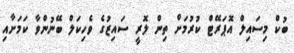
ބުކް މިސައިލް އޮޕަރޭޓް ކުރުމަށް ތިން ލޮރީ ސައިޒުގެ ވެހިކަލް ބޭނުންވާ ކަމަށާއި